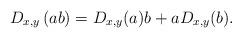
LaTeX: \begin{align*}D_{x,y}\left(ab \right)= D_{x,y}(a)b+a D_{x,y} (b).\end{align*}